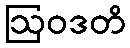
ဩဝဒတိ